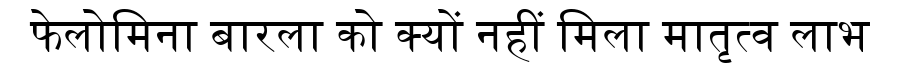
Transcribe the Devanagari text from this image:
फेलोमिना बारला को क्यों नहीं मिला मातृत्व लाभ